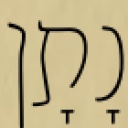
נָתָן